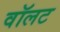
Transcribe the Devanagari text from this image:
वॉलट